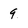
Character: 9